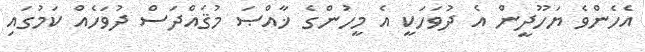
އެހެންވެ ޔަހޫދީން އެ ދުވަހަކީ އެ މީހުންގެ ޚާއްޞަ މުޤައްދަސް ދުވަހެއް ކަމުގައި